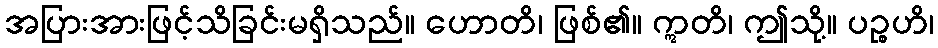
အပြားအားဖြင့်သိခြင်းမရှိသည်။ ဟောတိ၊ ဖြစ်၏။ ဣတိ၊ ဤသို့။ ပဉ္စဟိ၊